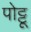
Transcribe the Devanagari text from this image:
पोट्टू